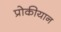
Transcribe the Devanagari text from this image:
प्रोकीयान